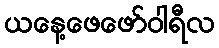
ယနေ့ဖေဖော်ဝါရီလ